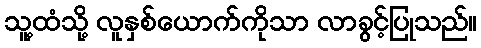
သူ့ထံသို့ လူနှစ်ယောက်ကိုသာ လာခွင့်ပြုသည်။